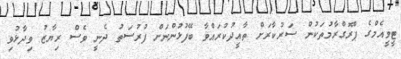
ޓީވީއެމްގެ ޕްރޮގްރާމުތަކުން ސަރުކާރަށް ތާއީދުކުރައްވާ ބޭފުޅުންނަށް ފުރުސަތު ދެނީ ވެސް ރިޔާޒު ވިދާޅުވި